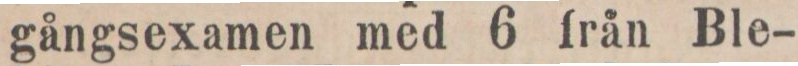
gångsexamen med 6 från Ble-